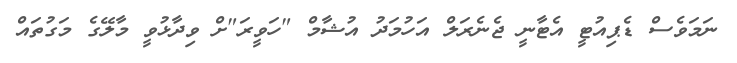
ނަމަވެސް ޑެޕިއުޓީ އެޓާނީ ޖެނެރަލް އަހުމަދު އުޝާމް "ހަވީރަ"ށް ވިދާޅުވީ މާލޭގެ މަގުތައް